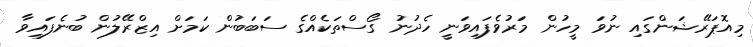
މިއޮޕަރޭޝަންގައި ނުވަ މީހުން މަރުވެފައިވަނީ ހެދުނު ގޯސްތަކެއްގެ ސަބަބުން ކަމަށް އިޒްރޭލުން ބުނެފައިވާ